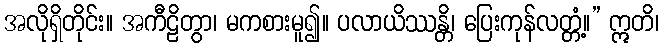
အလိုရှိတိုင်း။ အကီဠိတွာ၊ မကစားမူ၍။ ပလာယိဿန္တိ၊ ပြေးကုန်လတ္တံ့။” ဣတိ၊